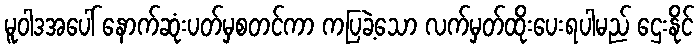
မူဝါဒအပေါ် နောက်ဆုံးပတ်မှစတင်ကာ ကပြခဲ့သော လက်မှတ်ထိုးပေးရပါမည် ဌေးနိုင်